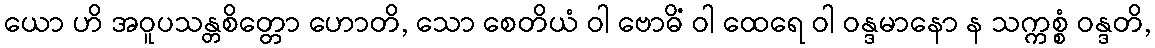
ယော ဟိ အဝူပသန္တစိတ္တော ဟောတိ, သော စေတိယံ ဝါ ဗောဓိံ ဝါ ထေရေ ဝါ ဝန္ဒမာနော န သက္ကစ္စံ ဝန္ဒတိ,